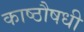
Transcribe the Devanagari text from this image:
काष्ठौषधी